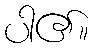
ပါ၏။